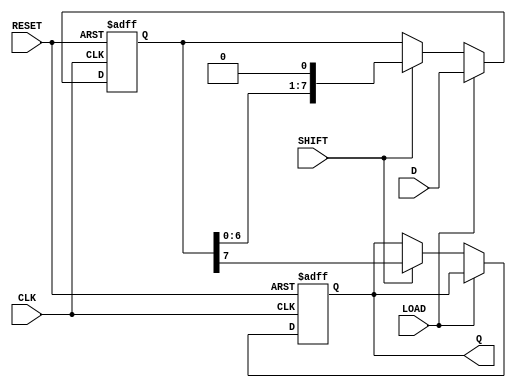
module PISO_Register #(
    parameter WIDTH = 8  // Configurable data width
)(
    input wire [WIDTH-1:0] D,     // Parallel input data
    output reg Q,                 // Serial output data
    input wire LOAD,              // Load control signal
    input wire SHIFT,             // Shift control signal
    input wire CLK,               // Clock signal
    input wire RESET               // Asynchronous reset signal
);

    reg [WIDTH-1:0] shift_reg;    // Shift register to hold parallel data
    integer i;                    // Loop index for shifting

    always @(posedge CLK or posedge RESET) begin
        if (RESET) begin
            shift_reg <= {WIDTH{1'b0}}; // Clear the register on reset
            Q <= 1'b0;
        end else begin
            if (LOAD) begin
                shift_reg <= D;  // Load parallel data into the register
            end else if (SHIFT) begin
                Q <= shift_reg[WIDTH-1]; // Output the MSB
                shift_reg <= {shift_reg[WIDTH-2:0], 1'b0}; // Shift left
            end
        end
    end

    // Optional: Output enable control can be added if necessary
    // For now, we output Q always on shifting.
    
endmodule